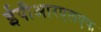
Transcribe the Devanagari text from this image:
ईपीआरएलएफ